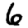
Digit: 6